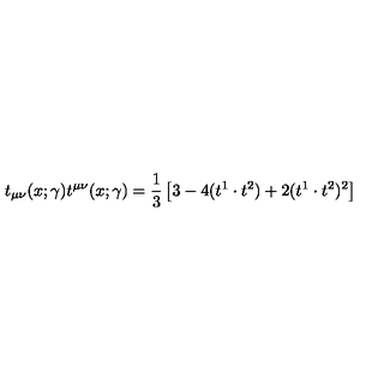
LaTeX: t _ { \mu \nu } ( x ; \gamma ) t ^ { \mu \nu } ( x ; \gamma ) = { \frac { 1 } { 3 } } \left[ 3 - 4 ( t ^ { 1 } \cdot t ^ { 2 } ) + 2 ( t ^ { 1 } \cdot t ^ { 2 } ) ^ { 2 } \right]